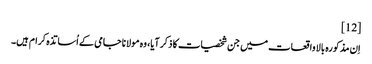
[12]
اِن مذکورہ بالا واقعات میں جن شخصیات کا ذکر آیا، وہ مولانا جامی کے اُساتذہ کرام ہیں۔